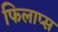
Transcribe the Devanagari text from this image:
फिलाप्स